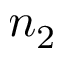
n _ { 2 }